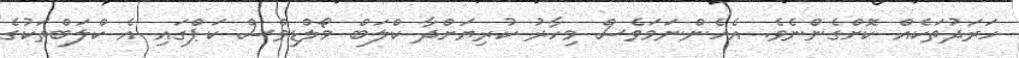
ހަރަދުތަކެއް ކޮށްގެންނެވެ. އެހެންނަމަވެސް މިހާރު ކުރިޔަށްދާ ކްލަބް މޯލްޑިވްސް ކަޕްގައި އެ ކްލަބްތަކުގެ